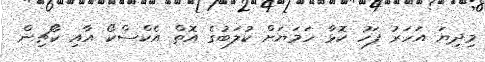
މިދިޔަ އަހަރު ފަހު ކޮޅާ ހަމަޔަށް ކުލަބުގެ އޮތް އެކްސްކޯ އާއި ކޯޗިން